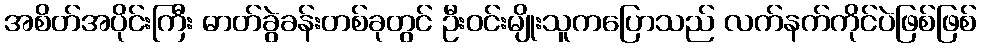
အစိတ်အပိုင်းကြီး ဓာတ်ခွဲခန်းတစ်ခုတွင် ဦးဝင်းမျိုးသူကပြောသည် လက်နက်ကိုင်ပဲဖြစ်ဖြစ်